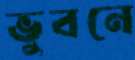
ভুবনে